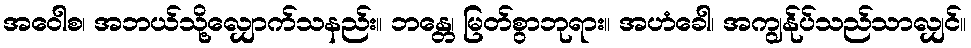
အဝေါစ၊ အဘယ်သို့လျှောက်သနည်း။ ဘန္တေ၊ မြတ်စွာဘုရား။ အဟံခေါ၊ အကျွန်ုပ်သည်သာလျှင်။